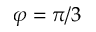
\varphi = \pi / 3